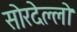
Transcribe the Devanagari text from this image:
सोरदेल्लो